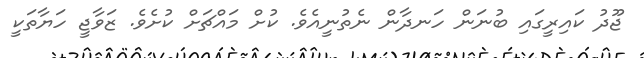
ޖޫދު ކައިރީގައި ބުނަން ހަނދާން ނެތުނީއެވެ. ކުށް މައްޗަށް ކުށެވެ. ޒަވާޖީ ހަޔާތަކީ